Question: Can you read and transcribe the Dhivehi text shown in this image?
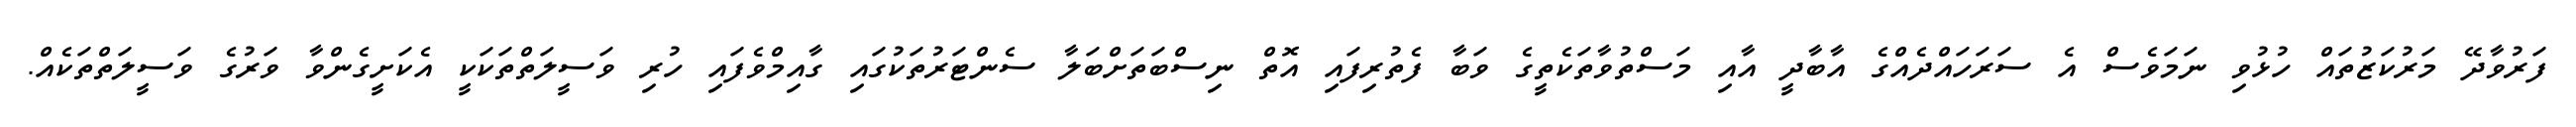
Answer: ފަރުވާދޭ މަރުކަޒުތައް ހުޅުވި ނަމަވެސް އެ ސަރަހައްދެއްގެ އާބާދީ އާއި މަސްތުވާތަކެތީގެ ވަބާ ފެތުރިފައި އޮތް ނިސްބަތަށްބަލާ ސެންޓަރުތަކުގައި ގާއިމްވެފައި ހުރި ވަސީލަތްތަކަކީ އެކަށީގެންވާ ވަރުގެ ވަސީލަތްތަކެއް.